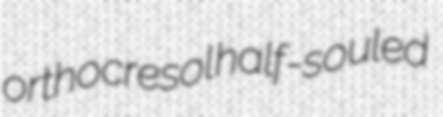
orthocresol half-souled